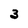
Character: 3